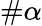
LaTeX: \# \alpha